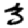
Digit: 3